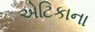
એટિકાના